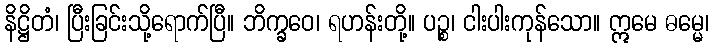
နိဋ္ဌိတံ၊ ပြီးခြင်းသို့ရောက်ပြီ။ ဘိက္ခဝေ၊ ရဟန်းတို့။ ပဉ္စ၊ ငါးပါးကုန်သော။ ဣမေ ဓမ္မေ၊